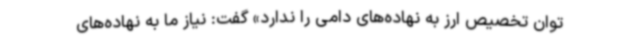
توان تخصیص ارز به نهاده‌های دامی را ندارد» گفت: نیاز ما به نهاده‌های